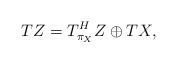
LaTeX: \begin{align*}TZ=T_{\pi_X}^HZ\oplus TX,\end{align*}